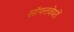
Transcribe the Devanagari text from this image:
सॉफ्तवेयरों